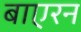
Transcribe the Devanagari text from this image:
बाएरन